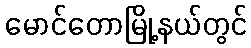
မောင်တောမြို့နယ်တွင်